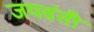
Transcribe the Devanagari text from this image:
जयवंती